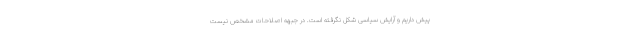
پیش داریم و آرایش سیاسی شکل نگرفته است. در جبهه اصلاحات مشخص نیست